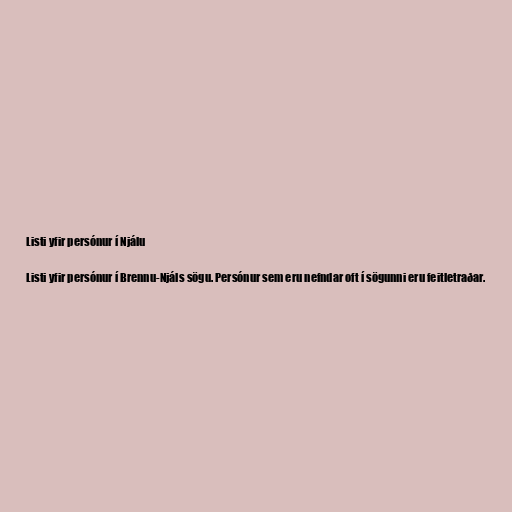
Listi yfir persónur í Njálu

Listi yfir persónur í Brennu-Njáls sögu. Persónur sem eru nefndar oft í sögunni eru feitletraðar.